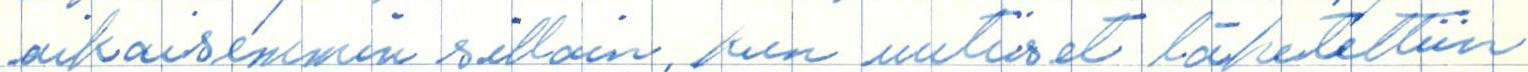
aikaisemmin silloin, kun uutiset lähetettiin